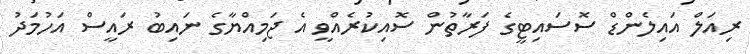
ރިއަލް އައިލެންޑް ސޮސައިޓީގެ ފަރާތުން ސޮއިކުރެއްވީ އެ ޖަމިއްޔާގެ ނައިބު ރައީސް އަހުމަދު